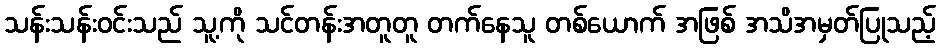
သန်းသန်းဝင်းသည် သူ့ကို သင်တန်းအတူတူ တက်နေသူ တစ်ယောက် အဖြစ် အသိအမှတ်ပြုသည့်